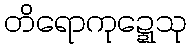
တိရောကုဍ္ဍေသု